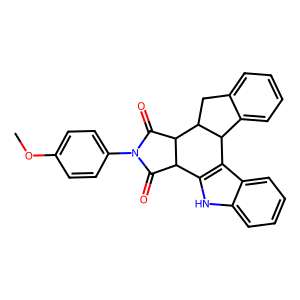
SMILES: COc1ccc(N2C(=O)C3c4[nH]c5ccccc5c4C4c5ccccc5CC4C3C2=O)cc1
Inhibits HIV replication: No